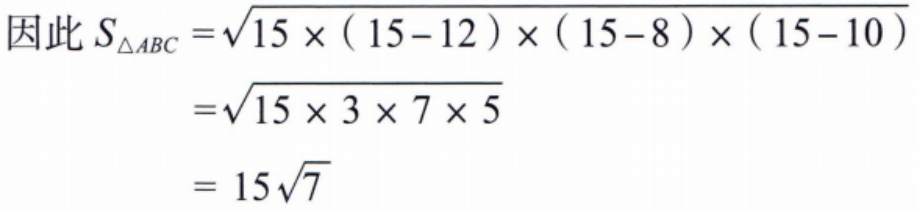
因此 \(S_{\triangle ABC}=\sqrt{15\times(15 - 12)\times(15 - 8)\times(15 - 10)}\)

\(=\sqrt{15\times3\times7\times5}\)

\(= 15\sqrt{7}\)